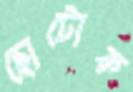
ছোটোক